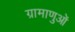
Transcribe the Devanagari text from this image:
ग्रामाणुओं